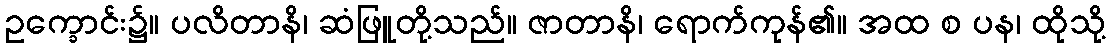
ဥက္ခောင်း၌။ ပလိတာနိ၊ ဆံဖြူတို့သည်။ ဇာတာနိ၊ ရောက်ကုန်၏။ အထ စ ပန၊ ထိုသို့